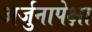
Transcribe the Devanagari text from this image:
अर्जुनापेक्षा